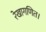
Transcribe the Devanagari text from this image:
रेखागणित।